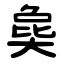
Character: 㚟